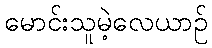
မောင်းသူမဲ့လေယာဉ်